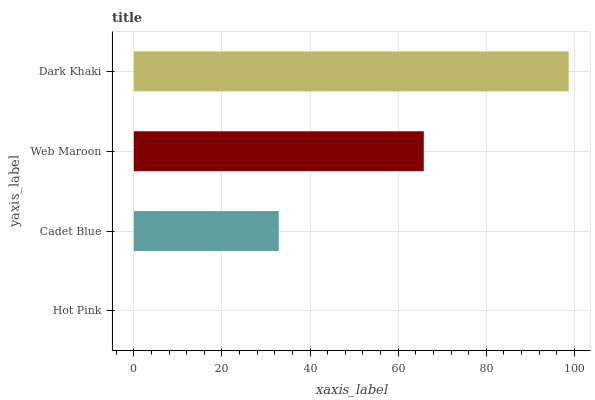
| yaxis_label | bars |
 | --- | --- |
 | Hot Pink | 0 |
 | Cadet Blue | 32.9 |
 | Web Maroon | 65.8 |
 | Dark Khaki | 98.7 |